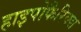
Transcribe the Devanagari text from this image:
हाइपोफैरिक्स